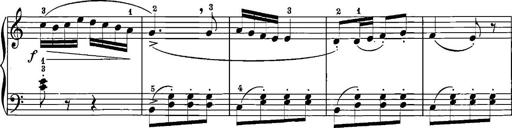
Title: 12 Sonatinas
Composer: Ignaz Pleyel